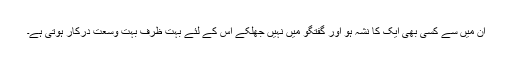
ان میں سے کسی بھی ایک کا نشہ ہو اور گفتگو میں نہیں جھلکے اس کے لئے بہت ظرف بہت وسعت درکار ہوتی ہے۔